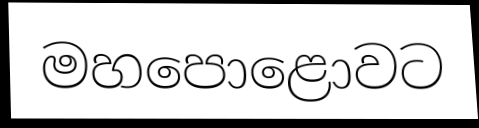
මහපොළොවට